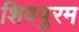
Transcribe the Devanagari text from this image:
शिवपुरम